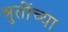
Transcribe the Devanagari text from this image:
श्रुतींच्या